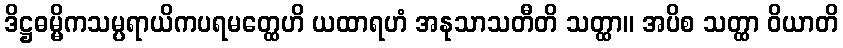
ဒိဋ္ဌဓမ္မိကသမ္ပရာယိကပရမတ္ထေဟိ ယထာရဟံ အနုသာသတီတိ သတ္ထာ။ အပိစ သတ္ထာ ဝိယာတိ